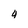
Character: 4